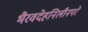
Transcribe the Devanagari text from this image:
भैरवदेहनिलीनपरे